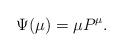
LaTeX: \begin{align*}\Psi (\mu) = \mu P^{\mu}.\end{align*}